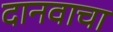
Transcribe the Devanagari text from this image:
दानवाचा